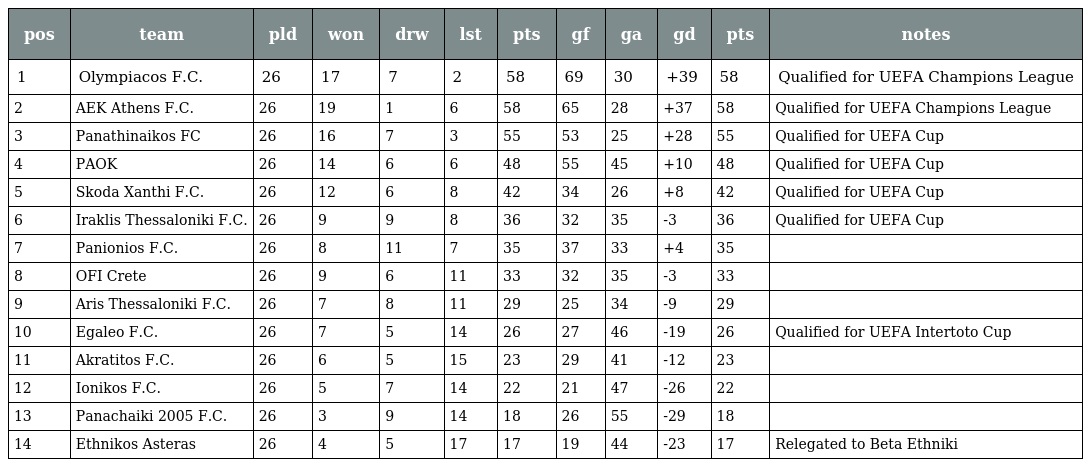
| pos | team | pld | won | drw | lst | pts | gf | ga | gd | pts | notes |
 | --- | --- | --- | --- | --- | --- | --- | --- | --- | --- | --- | --- |
 | 1 | Olympiacos F.C. | 26 | 17 | 7 | 2 | 58 | 69 | 30 | +39 | 58 | Qualified for UEFA Champions League |
 | 2 | AEK Athens F.C. | 26 | 19 | 1 | 6 | 58 | 65 | 28 | +37 | 58 | Qualified for UEFA Champions League |
 | 3 | Panathinaikos FC | 26 | 16 | 7 | 3 | 55 | 53 | 25 | +28 | 55 | Qualified for UEFA Cup |
 | 4 | PAOK | 26 | 14 | 6 | 6 | 48 | 55 | 45 | +10 | 48 | Qualified for UEFA Cup |
 | 5 | Skoda Xanthi F.C. | 26 | 12 | 6 | 8 | 42 | 34 | 26 | +8 | 42 | Qualified for UEFA Cup |
 | 6 | Iraklis Thessaloniki F.C. | 26 | 9 | 9 | 8 | 36 | 32 | 35 | -3 | 36 | Qualified for UEFA Cup |
 | 7 | Panionios F.C. | 26 | 8 | 11 | 7 | 35 | 37 | 33 | +4 | 35 |  |
 | 8 | OFI Crete | 26 | 9 | 6 | 11 | 33 | 32 | 35 | -3 | 33 |  |
 | 9 | Aris Thessaloniki F.C. | 26 | 7 | 8 | 11 | 29 | 25 | 34 | -9 | 29 |  |
 | 10 | Egaleo F.C. | 26 | 7 | 5 | 14 | 26 | 27 | 46 | -19 | 26 | Qualified for UEFA Intertoto Cup |
 | 11 | Akratitos F.C. | 26 | 6 | 5 | 15 | 23 | 29 | 41 | -12 | 23 |  |
 | 12 | Ionikos F.C. | 26 | 5 | 7 | 14 | 22 | 21 | 47 | -26 | 22 |  |
 | 13 | Panachaiki 2005 F.C. | 26 | 3 | 9 | 14 | 18 | 26 | 55 | -29 | 18 |  |
 | 14 | Ethnikos Asteras | 26 | 4 | 5 | 17 | 17 | 19 | 44 | -23 | 17 | Relegated to Beta Ethniki |